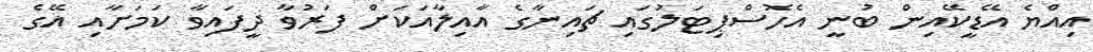
އިއްޔެ އޭޑީކޭއިން ބުނީ އެހޮސްޕިޓަލުގައި ޗައިނާގެ އާއިލާއަކަށް ފަރުވާ ދީފައިވާ ކަމަށާއި އޭގެ